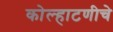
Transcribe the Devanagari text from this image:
कोल्हाटणीचे